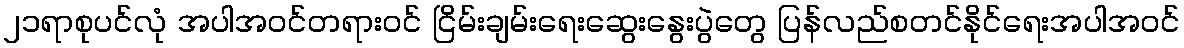
၂၁ရာစုပင်လုံ အပါအဝင်တရားဝင် ငြိမ်းချမ်းရေးဆွေးနွေးပွဲတွေ ပြန်လည်စတင်နိုင်ရေးအပါအဝင်